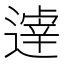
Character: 𲅮